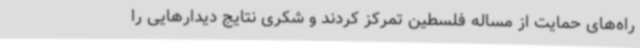
راه‌های حمایت از مساله فلسطین تمرکز کردند و شکری نتایج دیدارهایی را